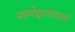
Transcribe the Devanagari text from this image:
परमेश्वरावताराचे